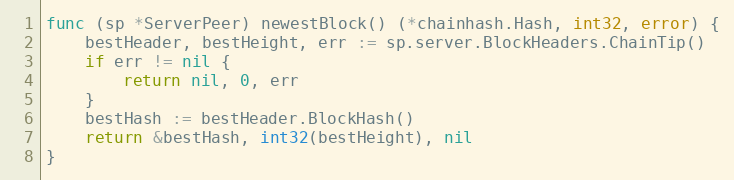
Language: Go
func (sp *ServerPeer) newestBlock() (*chainhash.Hash, int32, error) {
	bestHeader, bestHeight, err := sp.server.BlockHeaders.ChainTip()
	if err != nil {
		return nil, 0, err
	}
	bestHash := bestHeader.BlockHash()
	return &bestHash, int32(bestHeight), nil
}